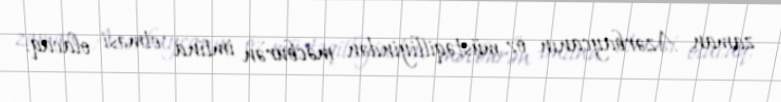
zaman Azərbaycanın öz müstəqilliyindən məcburən imtina etməsi olacaq.